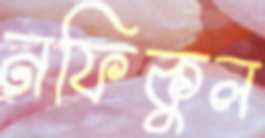
নফিকুল